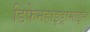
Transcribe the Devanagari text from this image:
डिफेनहाइड्रामाइन